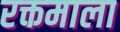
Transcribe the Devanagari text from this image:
रक्तमाला